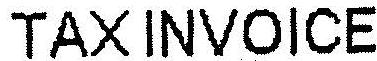
TAX INVOICE